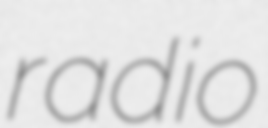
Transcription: radio